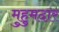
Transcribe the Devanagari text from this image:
मुहुमदार